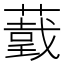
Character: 𦼺